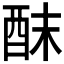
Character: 𮠢